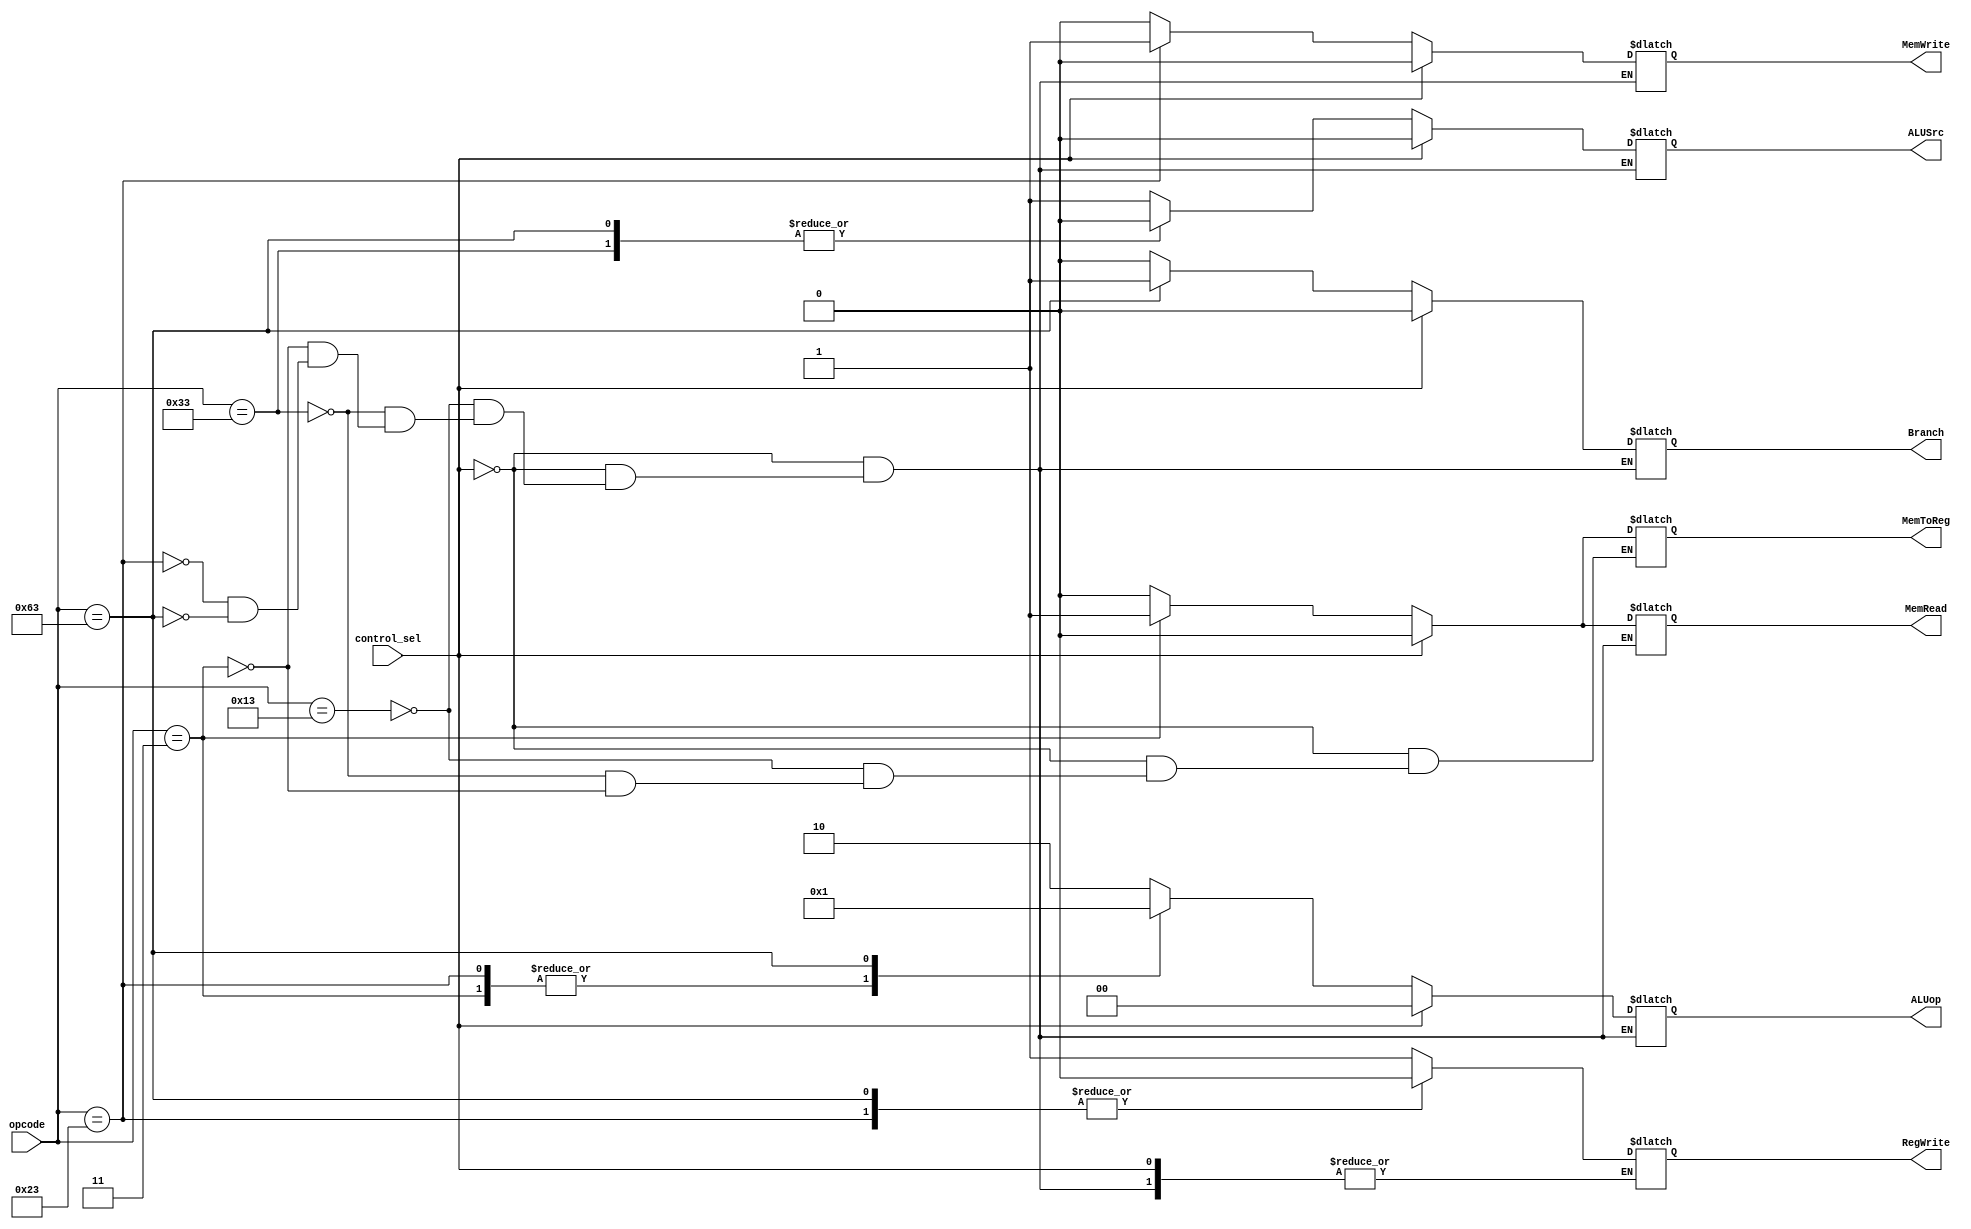
`timescale 1ns / 1ps



module control_path(input [6:0] opcode,
                    input control_sel,
                    output reg MemRead, MemToReg, MemWrite, RegWrite, Branch, ALUSrc,
                    output reg [1:0] ALUop);
                    
always @(*) begin
    if(control_sel == 1) begin
       MemRead = 0;
       MemToReg = 0;
       MemWrite = 0;
       Branch = 0;
       ALUSrc = 0;
       ALUop = 0; 
    end
    
    else begin
        case(opcode)
            7'b0010011:     begin // R-format - addi
                                MemRead = 0; MemToReg = 0; MemWrite = 0; RegWrite = 1;
                                Branch = 0; ALUSrc = 1; ALUop = 2'b10;
                                end  
            7'b0110011:     begin // R-format
                                MemRead = 0; MemToReg = 0; MemWrite = 0; RegWrite = 1;
                                Branch = 0; ALUSrc = 0; ALUop = 2'b10;
                                end
            7'b0000011:     begin //ld
                                MemRead = 1; MemToReg = 1; MemWrite = 0; RegWrite = 1;
                                Branch = 0; ALUSrc = 1; ALUop = 2'b00;
                                end
            7'b0100011:     begin //sd
                                MemRead = 0; MemWrite = 1; RegWrite = 0;
                                Branch = 0; ALUSrc = 1; ALUop = 2'b00;
                                end
            7'b1100011:     begin //beq
                                MemRead = 0; MemWrite = 0; RegWrite = 0;
                                Branch = 1; ALUSrc = 0; ALUop = 2'b01;
                                end                      
        endcase
    end
end                    
                    
endmodule